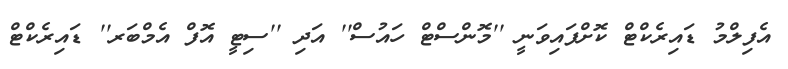
އެފިލްމު ޑައިރެކްޓް ކޮށްފައިވަނީ ''މޮންސްޓް ހައުސް'' އަދި ''ސިޓީ އޮފް އެމްބަރ'' ޑައިރެކްޓް